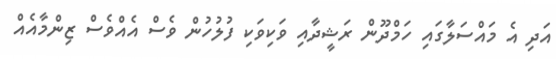
އަދި އެ މައްސަލާގައި ހަމްދޫން ރަޝީދާއި ވަކިވަކި ފުލުހުން ވެސް އެއްވެސް ޒިންމާއެއް